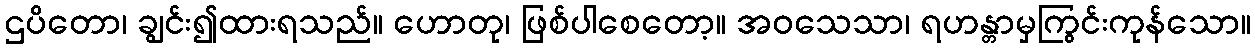
ဌပိတော၊ ချွင်း၍ထားရသည်။ ဟောတု၊ ဖြစ်ပါစေတော့။ အဝသေသာ၊ ရဟန္တာမှကြွင်းကုန်သော။